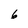
Character: 6